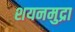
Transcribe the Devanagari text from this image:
शयनमुद्रा